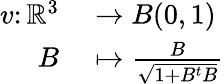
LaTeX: \begin{array}{rl}{v\colon\mathbb R^{3}}&{{}\to B(0,1)}\\ {B}&{{}\mapsto\frac{B}{\sqrt{1+B^{t}B}}}\end{array}